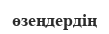
өзеңдердің